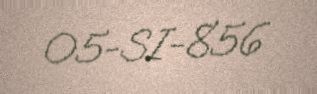
05-SI-856